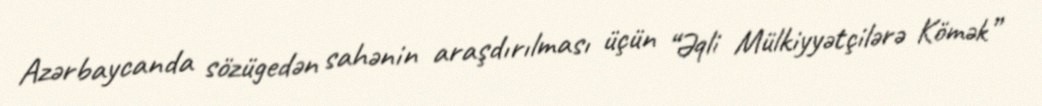
Azərbaycanda sözügedən sahənin araşdırılması üçün “Əqli Mülkiyyətçilərə Kömək”